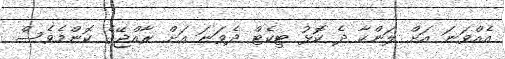
އެއްވަނަ އަށް ލަންކާ ދެ ކޮޅު ޓިކެޓް ދެވަނަ އަށް ރާއްޖޭގެ ކޮންމެވެސް